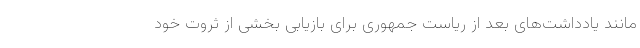
مانند یادداشت‌های بعد از ریاست جمهوری برای بازیابی بخشی از ثروت خود